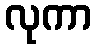
လုကာ